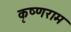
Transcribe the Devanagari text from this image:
कृष्णराम